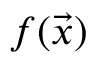
f ( \vec { x } )